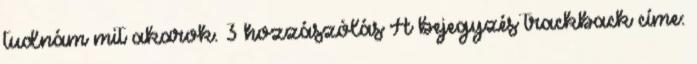
tudnám mit akarok. 3 hozzászólás A bejegyzés trackback címe: